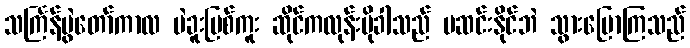
သင်္ကြန်ပွဲတော်ကာလ ပဲခူးမြစ်ကူး ဆိုင်ကလုန်းမိုခါသည် မဆင်းနိုင်ဘဲ သွားပြောကြသည်